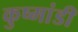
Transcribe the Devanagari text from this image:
कुष्मांडी